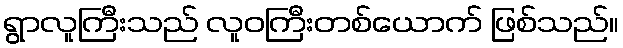
ရွာလူကြီးသည် လူဝကြီးတစ်ယောက် ဖြစ်သည်။